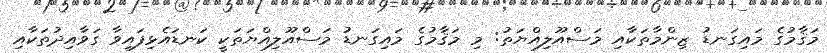
މަޤާމުގެ މައިގަނޑު ޒިންމާތަކާއި މަސްއޫލިއްޔަތު: މި މަޤާމުގެ މައިގަނޑު މަސްއޫލިއްޔަތަކީ ކަނޑައެޅިފައިވާ ގަވާއިދުތަކާއި